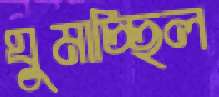
ঘুমাচ্ছিল